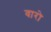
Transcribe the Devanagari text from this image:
वारो